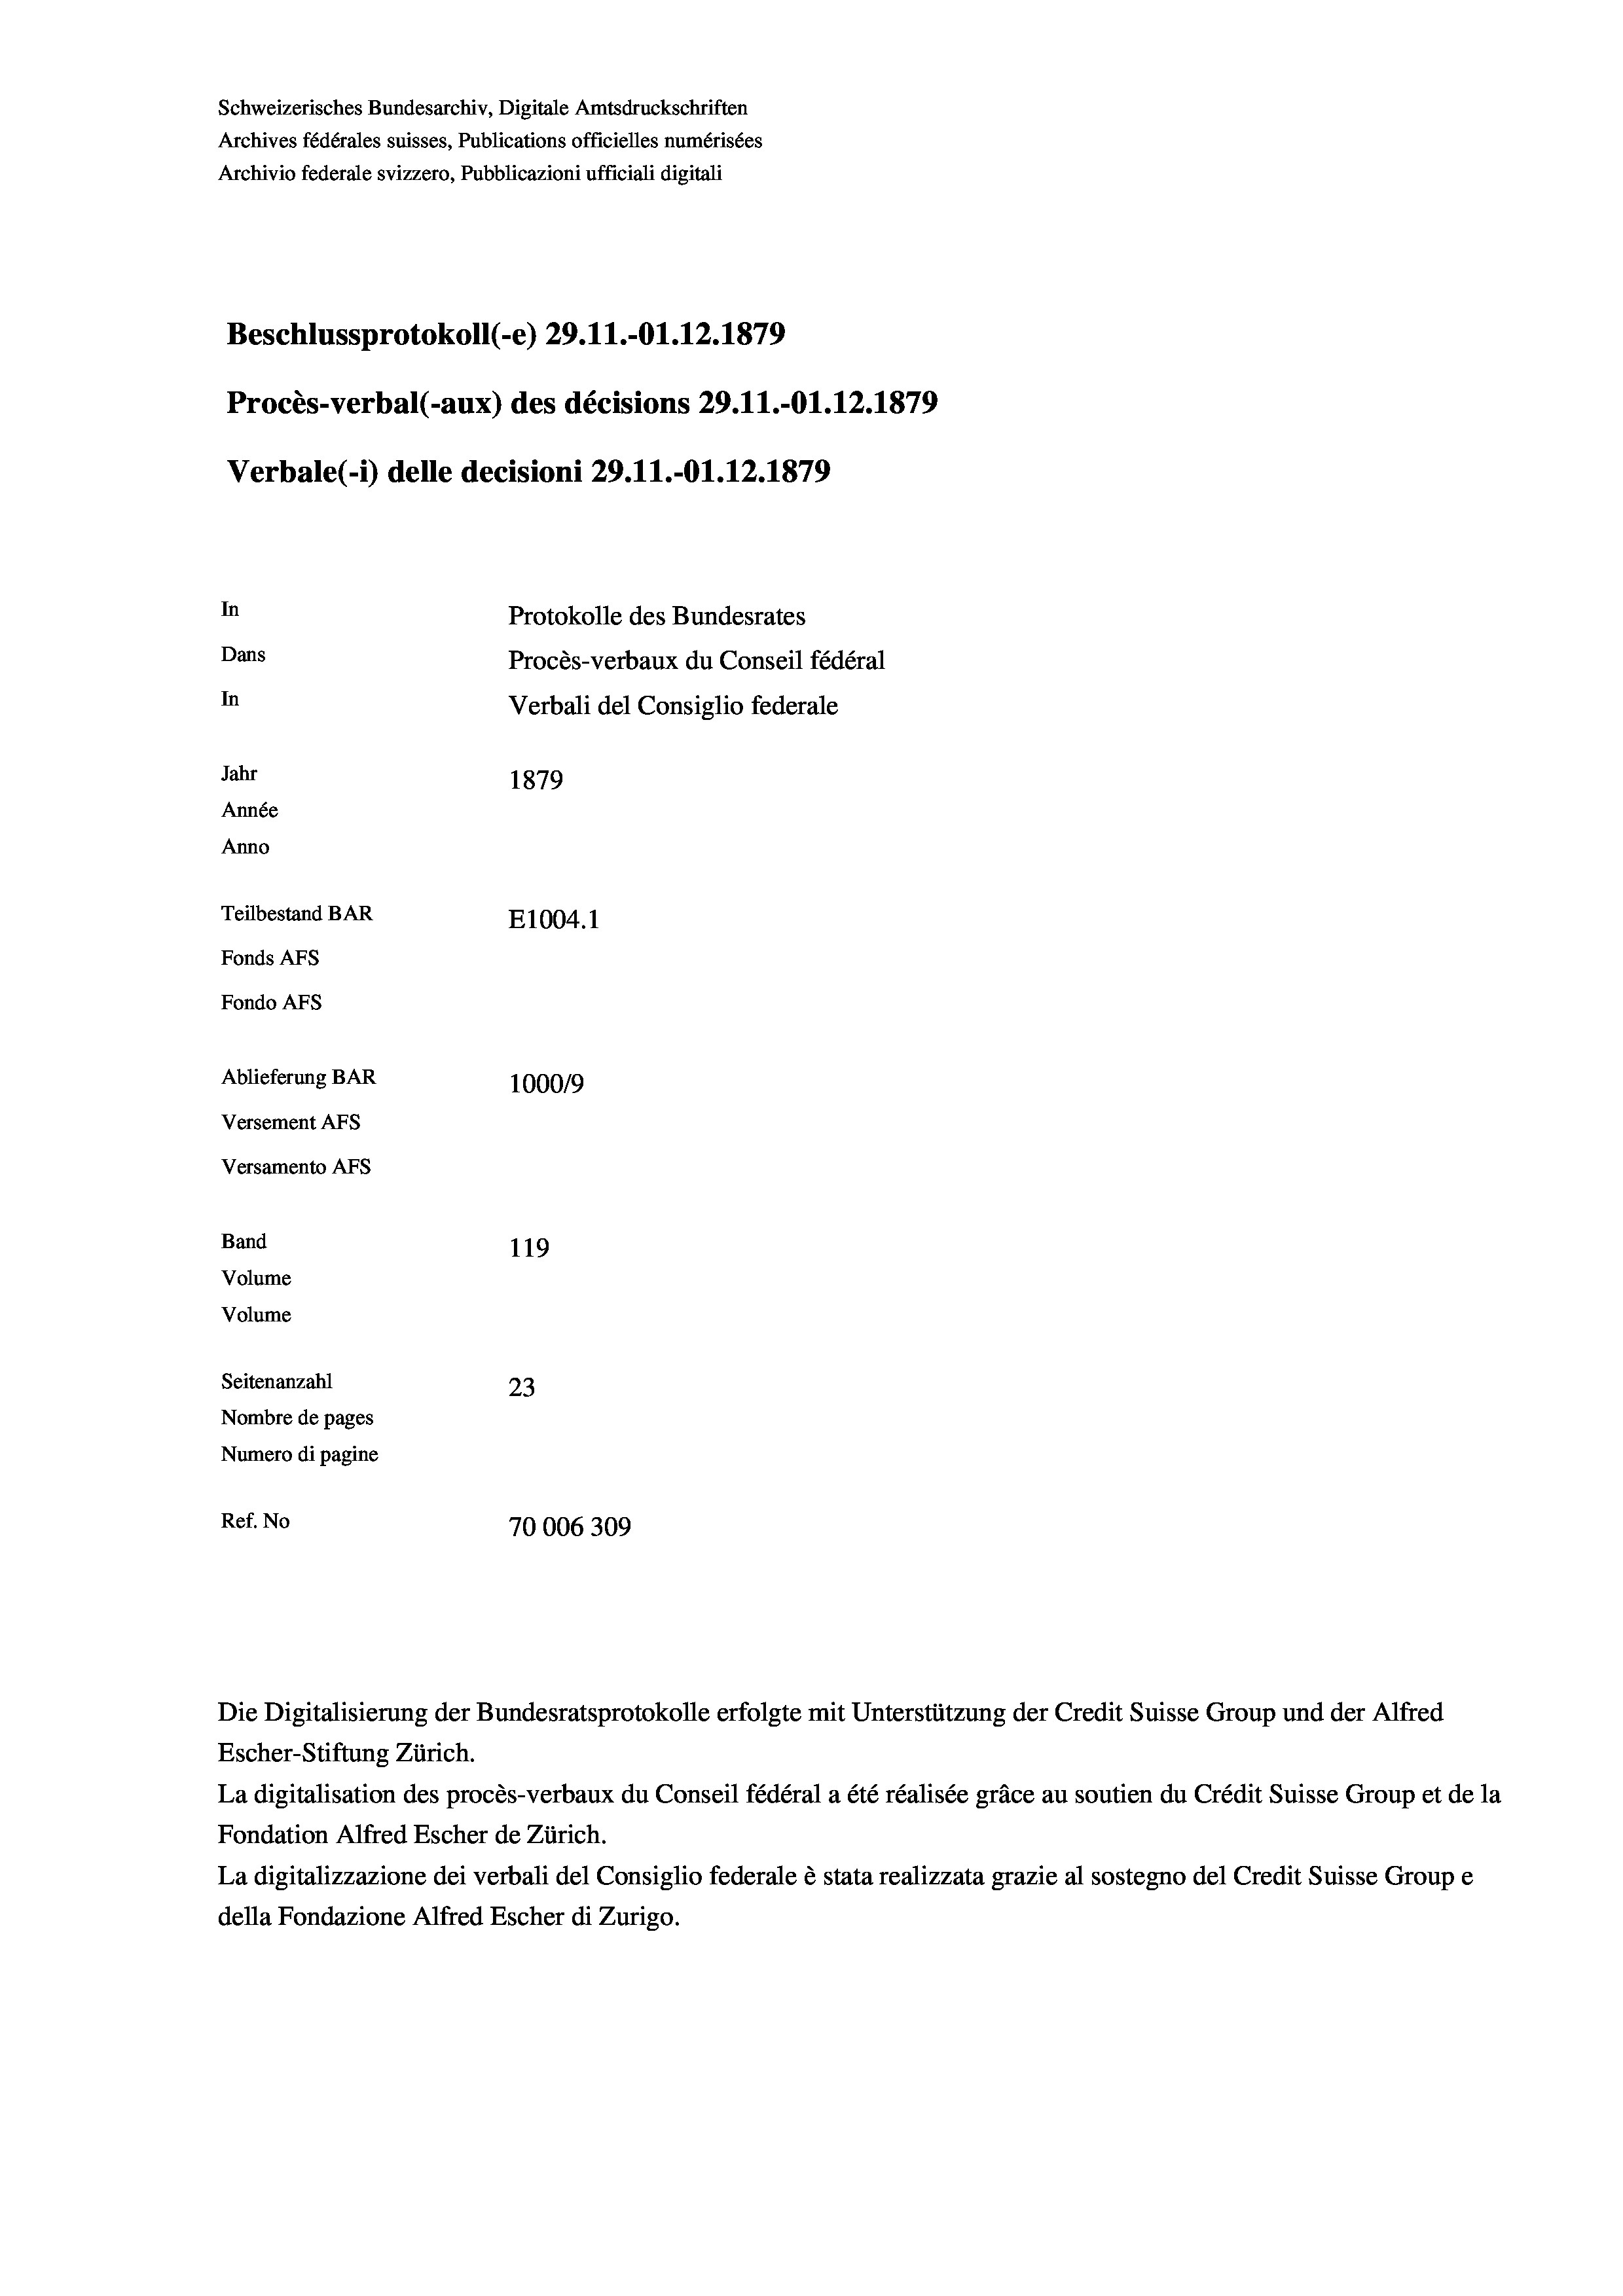
Schweizerisches Bundesarchiv, Digitale Amtsdruckschriften
Archives fédérales suisses, Publications officielles numérisées
Archivio federale svizzero, Pubblicazioni ufficiali digitali
Beschlussprotokoll (-e) 29.11.-O1.12.1879
Procès-verbal (-aux) des décisions 29.11.-O1.12.1879
Verbale (- 1) delle decisioni 29.11.-Ol.12.1879
In
Protokolle des Bundesrates
Dans
Procès-verbaux du Conseil fédéral
In
Verbali del Consiglio federale
Jahr
1879
Année
Anno
Teilbestand BAR
E1004. 1
Fonds AFs
Fondo AFS
Ablieferung BAR
100019
Versement AFs
Versamento AFS
Band
119
Volume

Volume

Seitenanzahl
23
Nombre de pages
Numero di pagine
Ref. No
70006309

Die Digitalisierung der Bundesratsprotokolle erfolgte mit Unterstützung der Credit Suisse Group und der Alfred
Escher-Stiftung Zürich.
La digitalisation des procès-verbaux du Conseil fédéral a été réalisée gräce au soutien du Crédit Suisse Group et de la
Fondation Alfred Escher de Zürich.
La digitalizzazione dei verbali del Consiglio federale è stata realizzata grazie al sostegno del Credit Suisse Groupe
della Fondazione Alfred Escher di Zurigo.